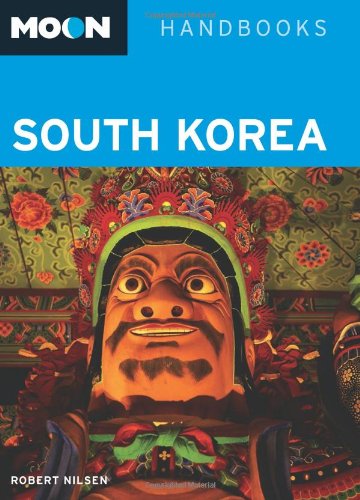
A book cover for Moon South Korea (Moon Handbooks); Robert Nilsen; Travel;